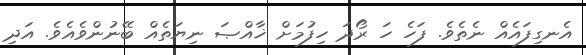
އެނގިފައެއް ނެތެވެ. ފަހެ ހަ ރޯދަ ހިފުމަށް ޚާއްޞަ ނިޔަތެއް ބޭނުންވެއެވެ. އަދި